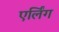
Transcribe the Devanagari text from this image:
एर्लिंग